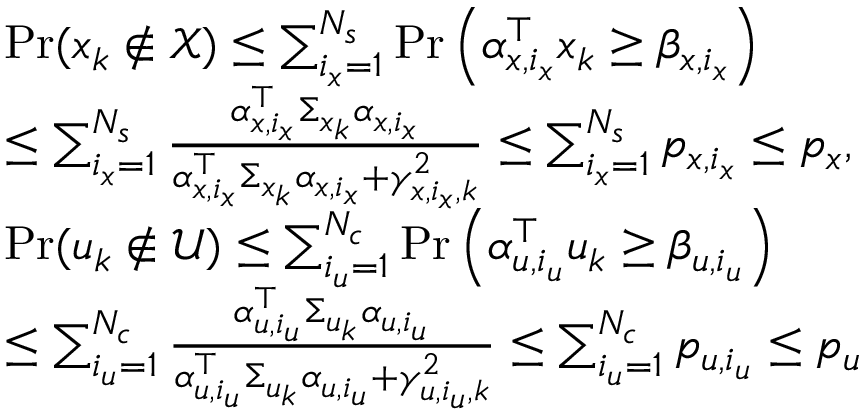
\begin{array} { r l } & { \operatorname* { P r } ( x _ { k } \notin \mathcal { X } ) \leq \sum _ { i _ { x } = 1 } ^ { N _ { s } } \operatorname* { P r } \left( \alpha _ { x , i _ { x } } ^ { \top } x _ { k } \geq \beta _ { x , i _ { x } } \right) } \\ & { \leq \sum _ { i _ { x } = 1 } ^ { N _ { s } } \frac { \alpha _ { x , i _ { x } } ^ { \top } \Sigma _ { x _ { k } } \alpha _ { x , i _ { x } } } { \alpha _ { x , i _ { x } } ^ { \top } \Sigma _ { x _ { k } } \alpha _ { x , i _ { x } } + \gamma _ { x , i _ { x } , k } ^ { 2 } } \leq \sum _ { i _ { x } = 1 } ^ { N _ { s } } p _ { x , i _ { x } } \leq p _ { x } , } \\ & { \operatorname* { P r } ( u _ { k } \notin \mathcal { U } ) \leq \sum _ { i _ { u } = 1 } ^ { N _ { c } } \operatorname* { P r } \left( \alpha _ { u , i _ { u } } ^ { \top } u _ { k } \geq \beta _ { u , i _ { u } } \right) } \\ & { \leq \sum _ { i _ { u } = 1 } ^ { N _ { c } } \frac { \alpha _ { u , i _ { u } } ^ { \top } \Sigma _ { u _ { k } } \alpha _ { u , i _ { u } } } { \alpha _ { u , i _ { u } } ^ { \top } \Sigma _ { u _ { k } } \alpha _ { u , i _ { u } } + \gamma _ { u , i _ { u } , k } ^ { 2 } } \leq \sum _ { i _ { u } = 1 } ^ { N _ { c } } p _ { u , i _ { u } } \leq p _ { u } } \end{array}